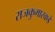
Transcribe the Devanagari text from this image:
राजकुमारकडे